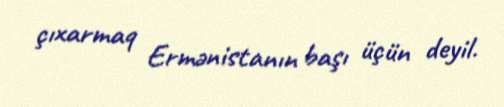
çıxarmaq Ermənistanın başı üçün deyil.